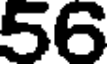
56